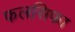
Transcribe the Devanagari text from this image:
फलसिफा